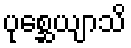
ပုစ္ဆေယျာသိ